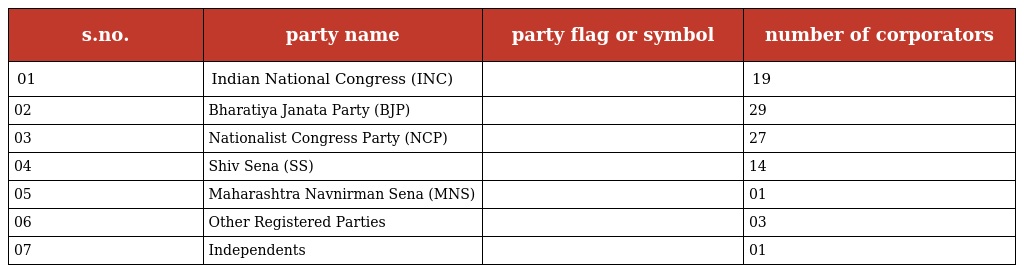
| s.no. | party name | party flag or symbol | number of corporators |
 | --- | --- | --- | --- |
 | 01 | Indian National Congress (INC) |  | 19 |
 | 02 | Bharatiya Janata Party (BJP) |  | 29 |
 | 03 | Nationalist Congress Party (NCP) |  | 27 |
 | 04 | Shiv Sena (SS) |  | 14 |
 | 05 | Maharashtra Navnirman Sena (MNS) |  | 01 |
 | 06 | Other Registered Parties |  | 03 |
 | 07 | Independents |  | 01 |